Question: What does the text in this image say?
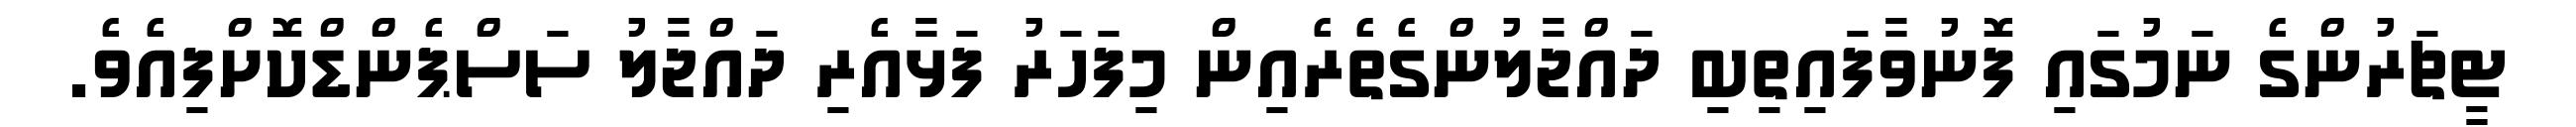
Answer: ޓީޗަރުންގެ ނަމުގައި ފޮނުވާފައިތިބި ދައްޖާލުންގެތެރެއިން މިފަހަރު ފަޅާއެރި ދައްޖާލު ސަސްޕެންޑްކޮށްފިއެވެ.